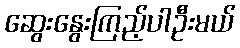
ဆွေးနွေးကြည့်ပါဦးမယ်